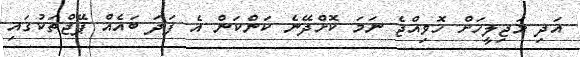
އަދި މަޖިލީހަށް ހޮވިއްޖެ ނަމަ ކޮށްދޭނެ ކަންކަން އެ ފަދަ ބައެއް ޕޭޖްތަކުގައި